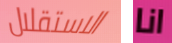
الاستقلال انا